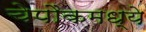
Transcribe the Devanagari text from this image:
चेपौकमध्ये